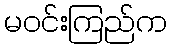
မဝင်းကြည်က